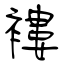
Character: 褸